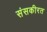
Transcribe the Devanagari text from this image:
संसकीरत